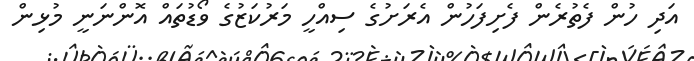
އަދި ހުން ފެތުރެން ފެށިފަހުން އެރަށުގެ ސިއްހީ މަރުކަޒުގެ ވޯޑުތައް އޮންނަނީ މުޅިން